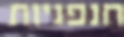
חנפניות